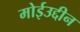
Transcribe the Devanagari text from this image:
मोईउद्दीन